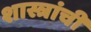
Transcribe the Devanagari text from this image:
शास्त्रांची